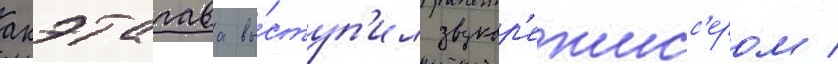
акэтагава вы́ступ'ил звукор'ежисс'ером /